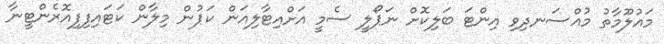
މައުލޫމާތު މުއްސަނދިވި އިންޓަ ބަލިކޮށް ނަޕޯލީ ސެމީ އަށްއިޓާލިއަން ކަޕުން މިލާން ކަޓައިފިފިއޮރެންޓީނާ